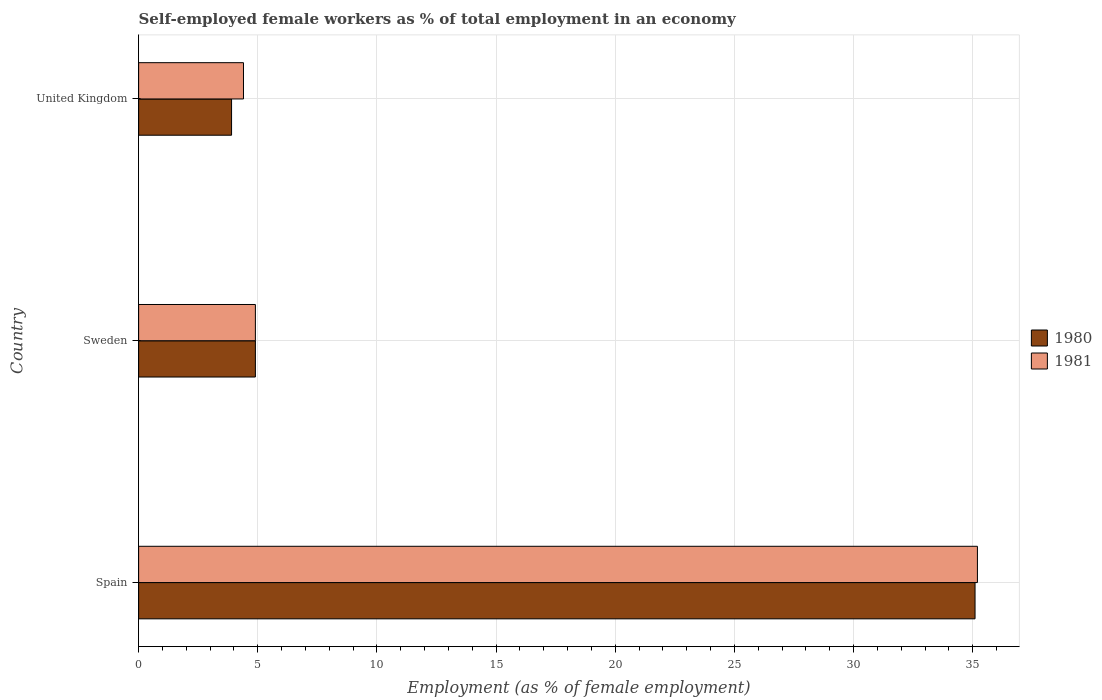
| Country | 1980 | 1981 |
 | --- | --- | --- |
 | Spain | 35.1 | 35.2 |
 | Sweden | 4.9 | 4.9 |
 | United Kingdom | 3.9 | 4.4 |